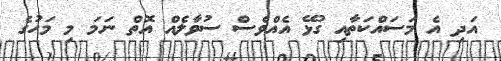
އަދި އެ މަސައްކަތާއި ގުޅޭ އެއްވެސް ސުވާލެއް އޮތް ނަމަ މި މަހުގެ